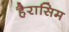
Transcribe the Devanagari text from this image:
हैरासिम